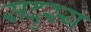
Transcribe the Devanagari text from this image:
सदृस्य